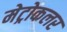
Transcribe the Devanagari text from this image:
मेट्रोकलर